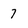
Character: 7